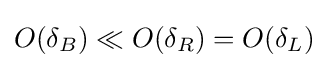
O(\delta _{B})\ll O(\delta _{R})=O(\delta _{L})